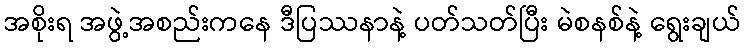
အစိုးရ အဖွဲ့အစည်းကနေ ဒီပြဿနာနဲ့ ပတ်သတ်ပြီး မဲစနစ်နဲ့ ရွေးချယ်